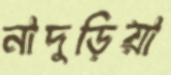
নাদুড়িয়া